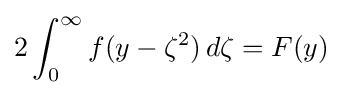
2\int _{0}^{\infty }f(y-\zeta ^{2})\,d\zeta =F(y)